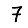
Digit: 7